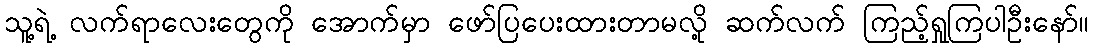
သူ့ရဲ့ လက်ရာလေးတွေကို အောက်မှာ ဖော်ပြပေးထားတာမလို့ ဆက်လက် ကြည့်ရှုကြပါဦးနော်။